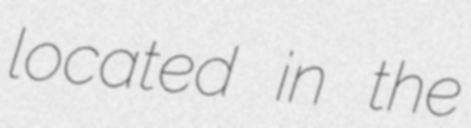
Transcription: located in the